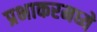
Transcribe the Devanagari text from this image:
प्रभाकरमध्ये